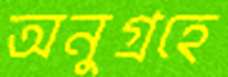
অনুগ্রহে